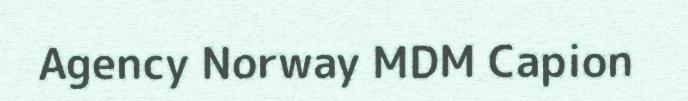
Agency Norway MDM Capion